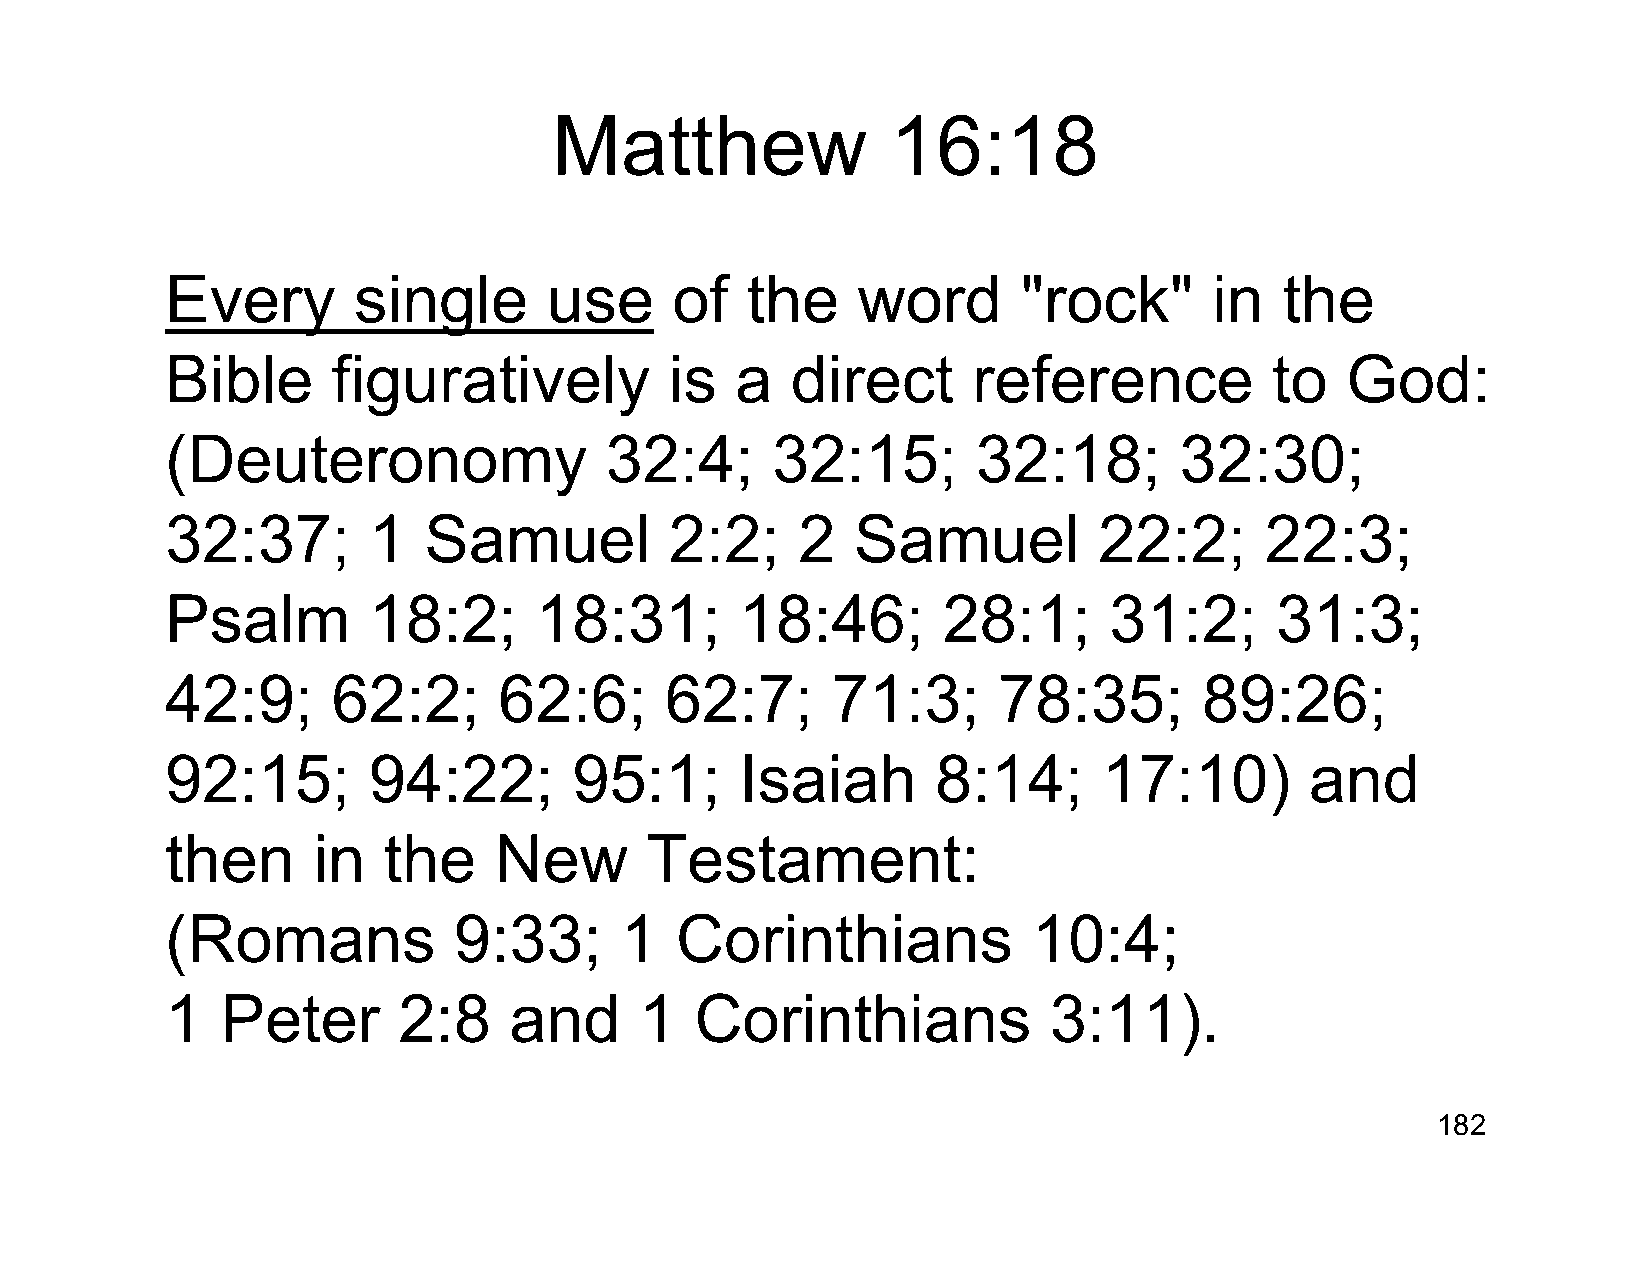
Matthew               16:18
 Every       single       use     of   the     word       "rock"      in   the
 Bible      figuratively          is   a  direct      reference           to   God:
 (Deuteronomy                 32:4;      32:15;        32:18;       32:30;
 32:37;       1   Samuel          2:2;     2  Samuel           22:2;      22:3;
 Psalm        18:2;      18:31;        18:46;       28:1;      31:2;      31:3;
 42:9;      62:2;      62:6;      62:7;      71:3;      78:35;        89:26;
 92:15;       94:22;        95:1;      Isaiah       8:14;      17:10)        and
 then      in  the     New       Testament:
 (Romans            9:33;      1   Corinthians            10:4;
 1   Peter      2:8     and     1   Corinthians            3:11).
 182